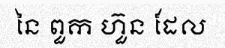
នៃ ពួក ហ៊ួន ដែល